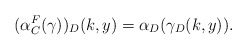
\begin{align*}(\alpha_C^F(\gamma))_D(k, y) = \alpha_D(\gamma_D(k, y)).\end{align*}